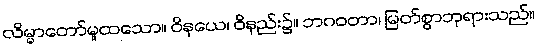
လိမ္မာတော်မူထသော။ ဝိနယေ၊ ဝိနည်း၌။ ဘဂဝတာ၊ မြတ်စွာဘုရားသည်။